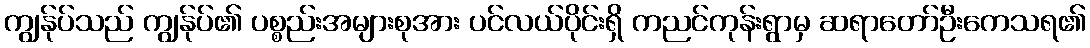
ကျွန်ုပ်သည် ကျွန်ုပ်၏ ပစ္စည်းအများစုအား ပင်လယ်ပိုင်းရှိ ကညင်ကုန်းရွာမှ ဆရာတော်ဦးကေသရ၏